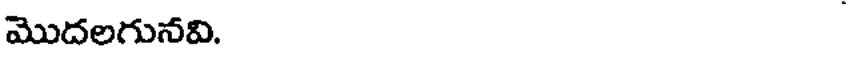
మొదలగునవి.